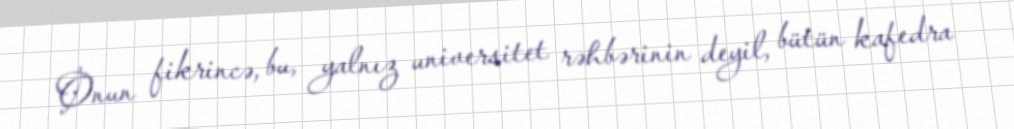
Onun fikrincə, bu, yalnız universitet rəhbərinin deyil, bütün kafedra